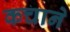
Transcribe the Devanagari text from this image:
कचाने